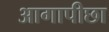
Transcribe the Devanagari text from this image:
आगापीछा